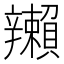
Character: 𬨛